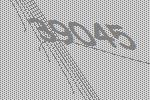
39045